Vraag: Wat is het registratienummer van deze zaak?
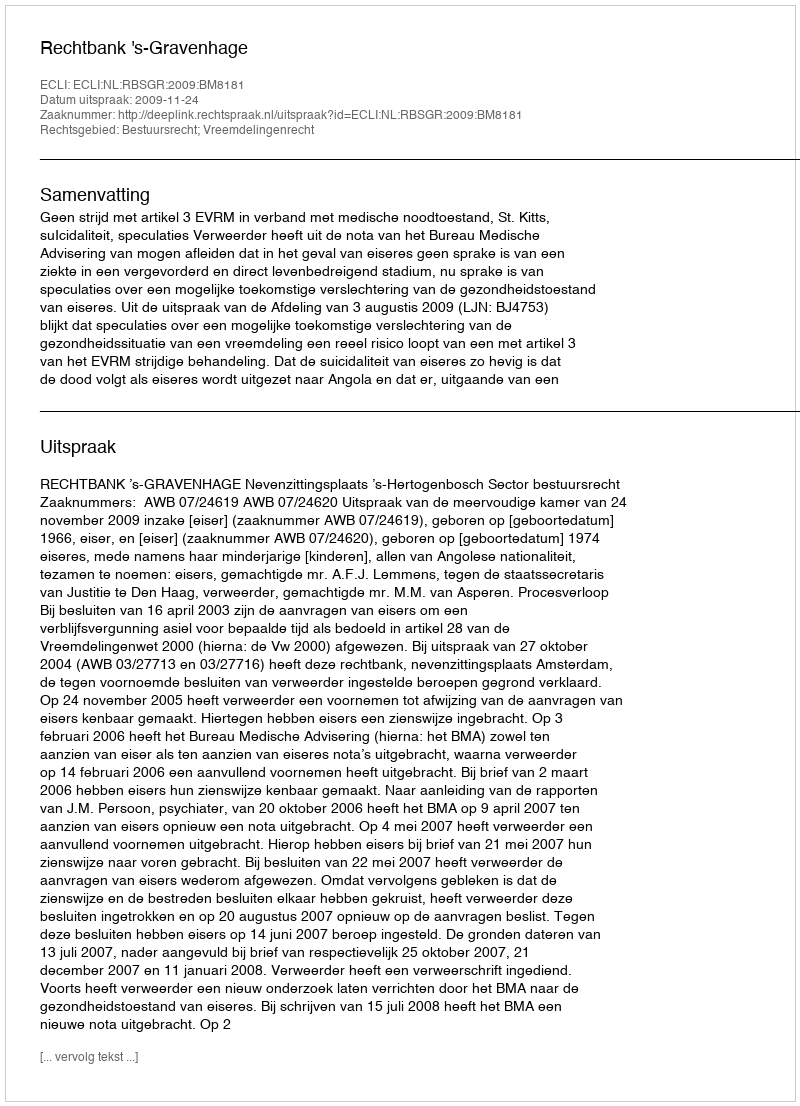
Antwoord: http://deeplink.rechtspraak.nl/uitspraak?id=ECLI:NL:RBSGR:2009:BM8181